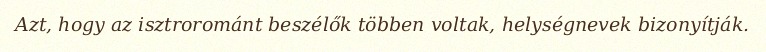
Azt, hogy az isztrorománt beszélők többen voltak, helységnevek bizonyítják.